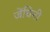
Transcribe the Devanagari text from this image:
जेंघिनी